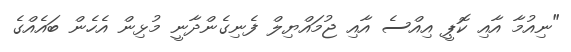
"ނިއުމާ އާއި ކޮޕީ އިއްސެ އާއި ޖުމައްޔިލް ފެނިގެންދާނީ މުޅިން އެހެން ބައެއްގެ